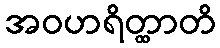
အဝဟရိတ္ထာတိ